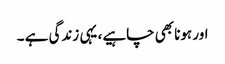
اور ہونا بھی چاہیے، یہی زندگی ہے ۔